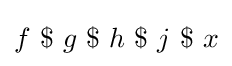
f\mathop {\,\$\,} g\mathop {\,\$\,} h\mathop {\,\$\,} j\mathop {\,\$\,} x